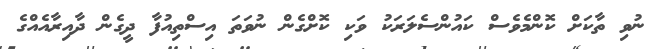
ނުވި ތާކަށް ކޮންމެވެސް ކައުންސެލަރަކު ވަކި ކޮށްގެން ނުވަތަ އިސްތިއުފާ ދީގެން ދާއިރާއެއްގެ